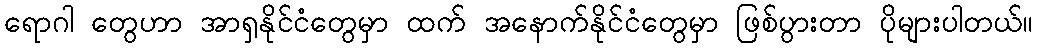
ရောဂါ တွေဟာ အာရှနိုင်ငံတွေမှာ ထက် အနောက်နိုင်ငံတွေမှာ ဖြစ်ပွားတာ ပိုများပါတယ်။